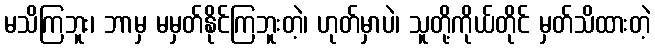
မသိကြဘူး၊ ဘာမှ မမှတ်နိုင်ကြဘူးတဲ့၊ ဟုတ်မှာပဲ၊ သူတို့ကိုယ်တိုင် မှတ်သိထားတဲ့